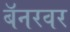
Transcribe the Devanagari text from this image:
बॅनरवर